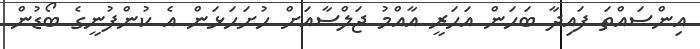
އިންސައްތަ ފައިދާ ބަހަން އަހަރީ އާއްމު ޖަލްސާއަށް ހުށަހަޅަން އެ ކުންފުނީގެ ބޯޑުން